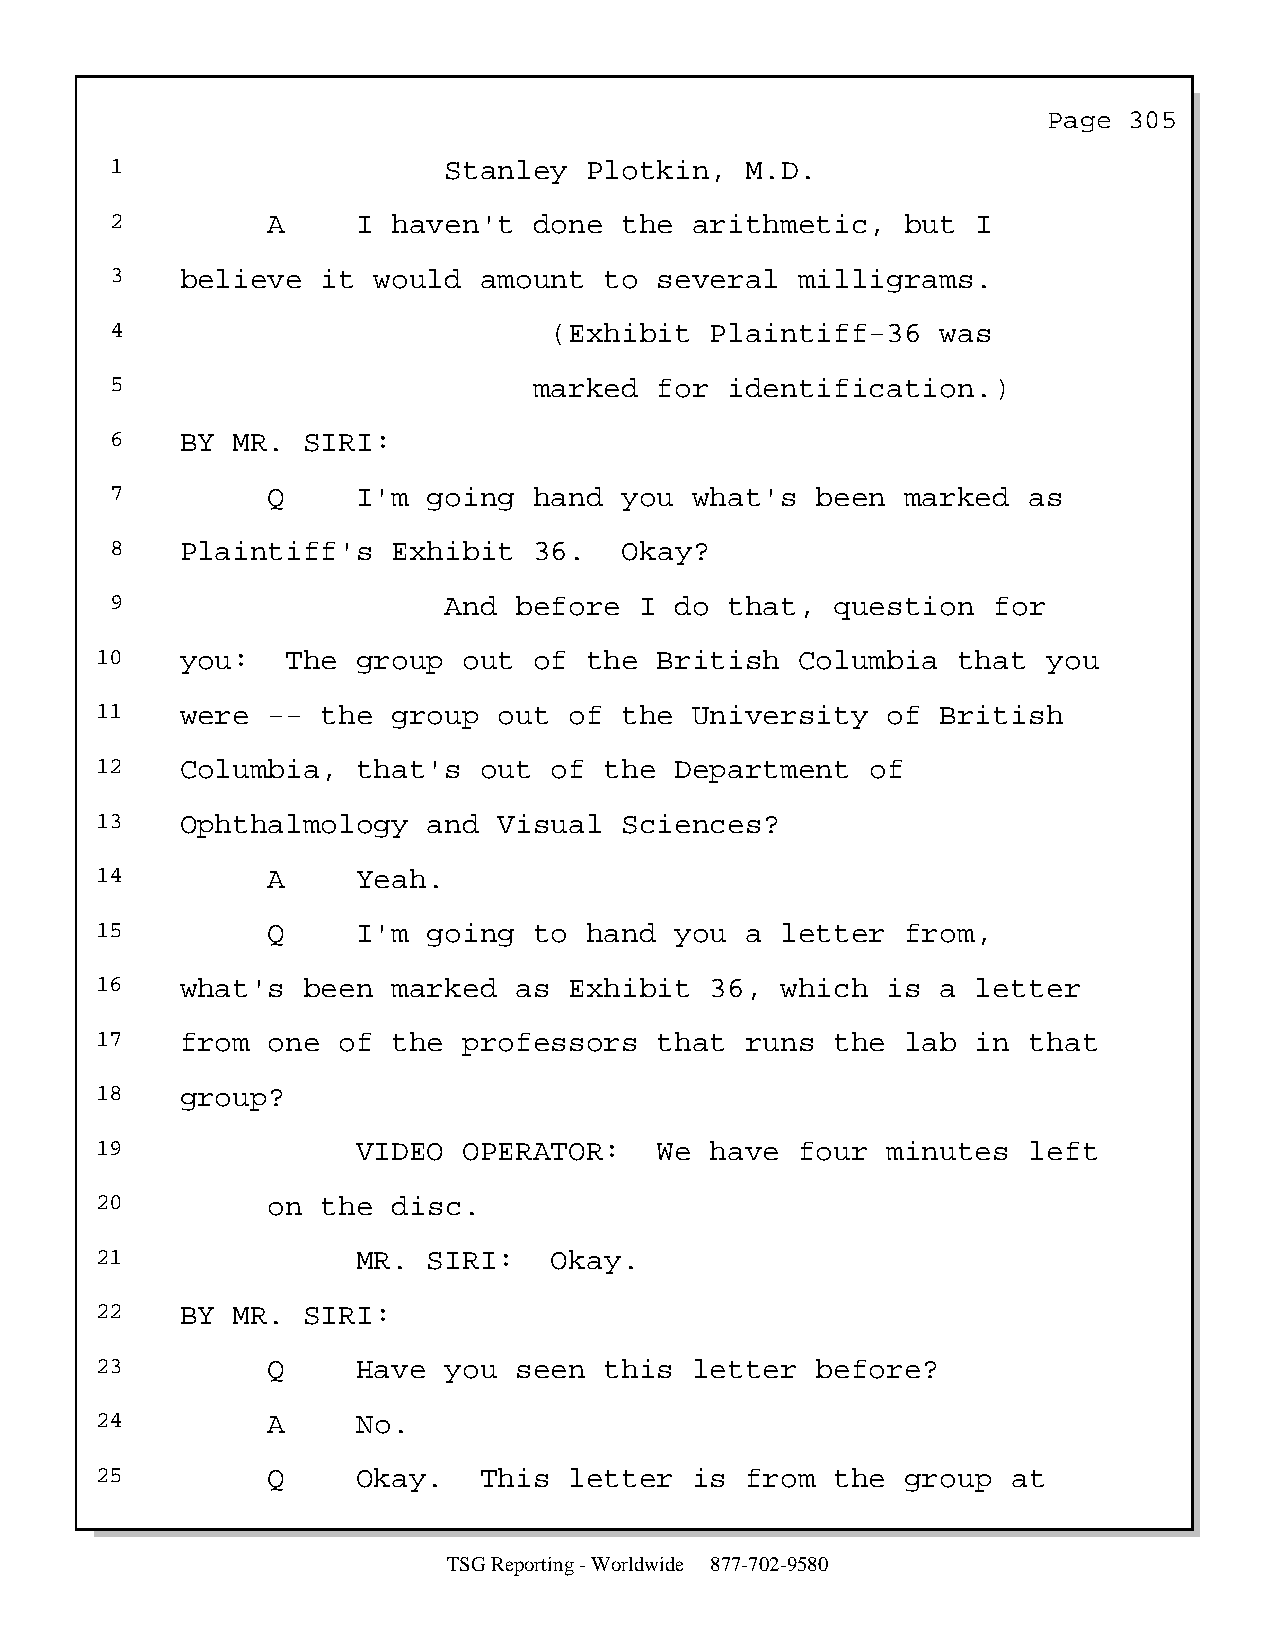
Page  305
 1                     Stanley   Plotkin,  M.D.
 2          A     I haven't  done  the  arithmetic,   but  I
 3    believe  it  would  amount  to  several  milligrams.
 4                            (Exhibit   Plaintiff-36   was
 5                           marked   for identification.)
 6    BY MR.  SIRI:
 7          Q     I'm going  hand  you  what's  been  marked  as
 8    Plaintiff's   Exhibit  36.   Okay?
 9                     And  before  I  do that,  question   for
 10    you:   The  group  out of  the  British  Columbia  that  you
 11    were  -- the  group  out  of the  University   of British
 12    Columbia,   that's  out of  the  Department   of
 13    Ophthalmology   and  Visual  Sciences?
 14          A     Yeah.
 15          Q     I'm going  to  hand  you a  letter  from,
 16    what's  been  marked  as  Exhibit  36,  which  is a  letter
 17    from  one of  the  professors   that runs  the  lab  in that
 18    group?
 19                VIDEO  OPERATOR:    We have  four  minutes  left
 20          on the  disc.
 21                MR. SIRI:   Okay.
 22    BY MR.  SIRI:
 23          Q     Have you  seen  this  letter  before?
 24          A     No.
 25          Q     Okay.   This  letter  is from  the  group  at
 TSG Reporting - Worldwide 877-702-9580